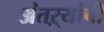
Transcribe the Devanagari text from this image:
अंतऱ्यांची